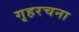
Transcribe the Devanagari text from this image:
गृहरचना